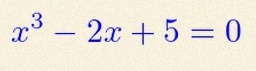
x^3-2x+5=0